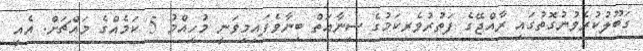
ގަބޫލުކުރެވުނުގޮތުގައި ރާއްޖޭގެ ފަތުރުވެރިކަމުގެ ސިނާއަތް ބިނާވެފައިމިވަނީ މުހިއްމު 5 ކަމެއްގެ މައްޗަށް. އެއީ